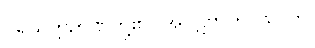
ပရိယတ္တိဉာဏ်တို့၏။ အပ္ပဋိဗာဟဝိသယာ၊